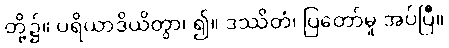
တို့၌။ ပရိယာဒိယိတွာ၊ ၍။ ဒဿိတံ၊ ပြတော်မူ အပ်ပြီ။